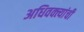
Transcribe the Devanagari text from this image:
अधिवक्त्यांची